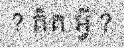
? គិត អ្វី ?